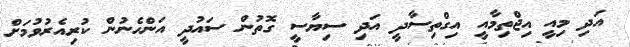
އަދި މިއީ އިޖްތިމާއީ އިގްތިސާދީ އަދި ސިޔާސީ ގޮތުން ސައުދީ އަންހެނުން ކުރިއެރުވުމަށް